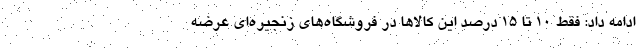
ادامه داد: فقط ١٠ تا ١٥ درصد اين كالاها در فروشگاه‌هاي زنجيره‌اي عرضه